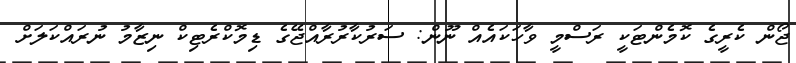
ޖޯން ކެރީގެ ކޮމެންޓަކީ ރަސްމީ ވާހަކައެއް ނޫން: ސަރުކާރުރާއްޖޭގެ ޑިމޮކްރެޓިކް ނިޒާމު ނުރައްކަލަށް